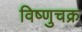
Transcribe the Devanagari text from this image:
विष्णुचक्र